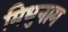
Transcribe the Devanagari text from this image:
मिधुनाम